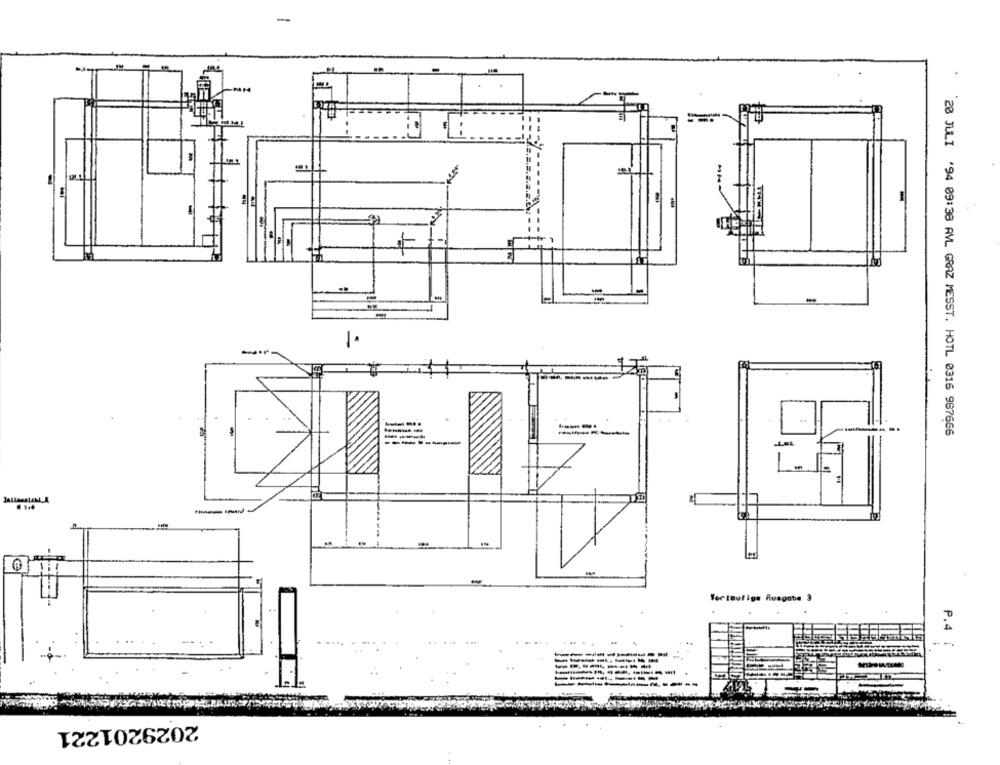
-
2
-
1.
-
20 JULI '94 09:38 AVL GRAZ MESST. HOTL 0316 987666
1
-
-
Terteufige Ausgabe 3
P.4
----
2029201221